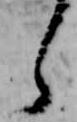
ら